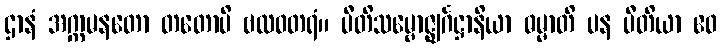
ဌာနံ အက္ကမနတော တတောပိ ဗလဝတရံ။ ပီတိသမ္ဗောဇ္ဈင်္ဂဋ္ဌာနိယာ ဓမ္မာတိ ပန ပီတိယာ ဧဝ